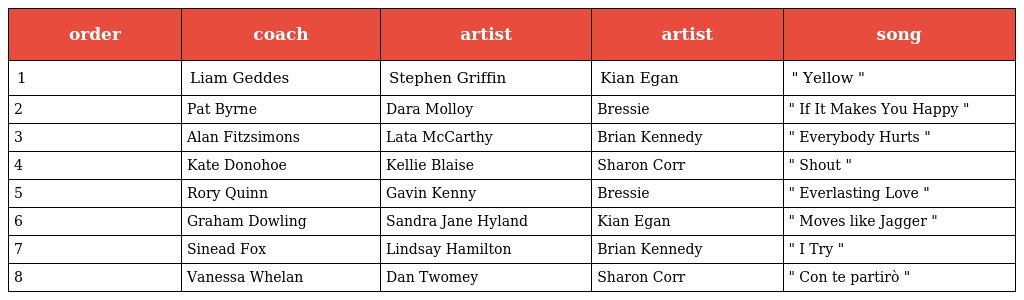
| order | coach | artist | artist | song |
 | --- | --- | --- | --- | --- |
 | 1 | Liam Geddes | Stephen Griffin | Kian Egan | " Yellow " |
 | 2 | Pat Byrne | Dara Molloy | Bressie | " If It Makes You Happy " |
 | 3 | Alan Fitzsimons | Lata McCarthy | Brian Kennedy | " Everybody Hurts " |
 | 4 | Kate Donohoe | Kellie Blaise | Sharon Corr | " Shout " |
 | 5 | Rory Quinn | Gavin Kenny | Bressie | " Everlasting Love " |
 | 6 | Graham Dowling | Sandra Jane Hyland | Kian Egan | " Moves like Jagger " |
 | 7 | Sinead Fox | Lindsay Hamilton | Brian Kennedy | " I Try " |
 | 8 | Vanessa Whelan | Dan Twomey | Sharon Corr | " Con te partirò " |